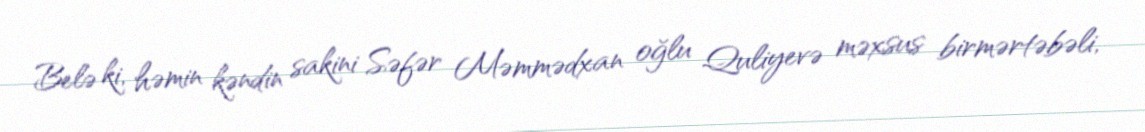
Belə ki, həmin kəndin sakini Səfər Məmmədxan oğlu Quliyevə məxsus birmərtəbəli,